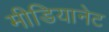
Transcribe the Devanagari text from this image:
मीडियानेट